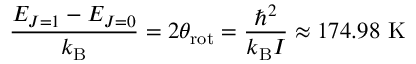
{ \frac { E _ { J = 1 } - E _ { J = 0 } } { k _ { \mathrm { B } } } } = 2 \theta _ { \mathrm { r o t } } = { \frac { \hbar ^ { 2 } } { k _ { \mathrm { B } } I } } \approx 1 7 4 . 9 8 { \mathrm { ~ K } }